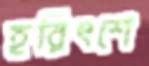
হরিৎশে